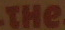
THe